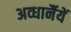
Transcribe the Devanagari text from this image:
अव्धार्नैयें